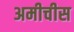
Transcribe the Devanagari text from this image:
अमीचीस